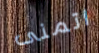
اتمنى